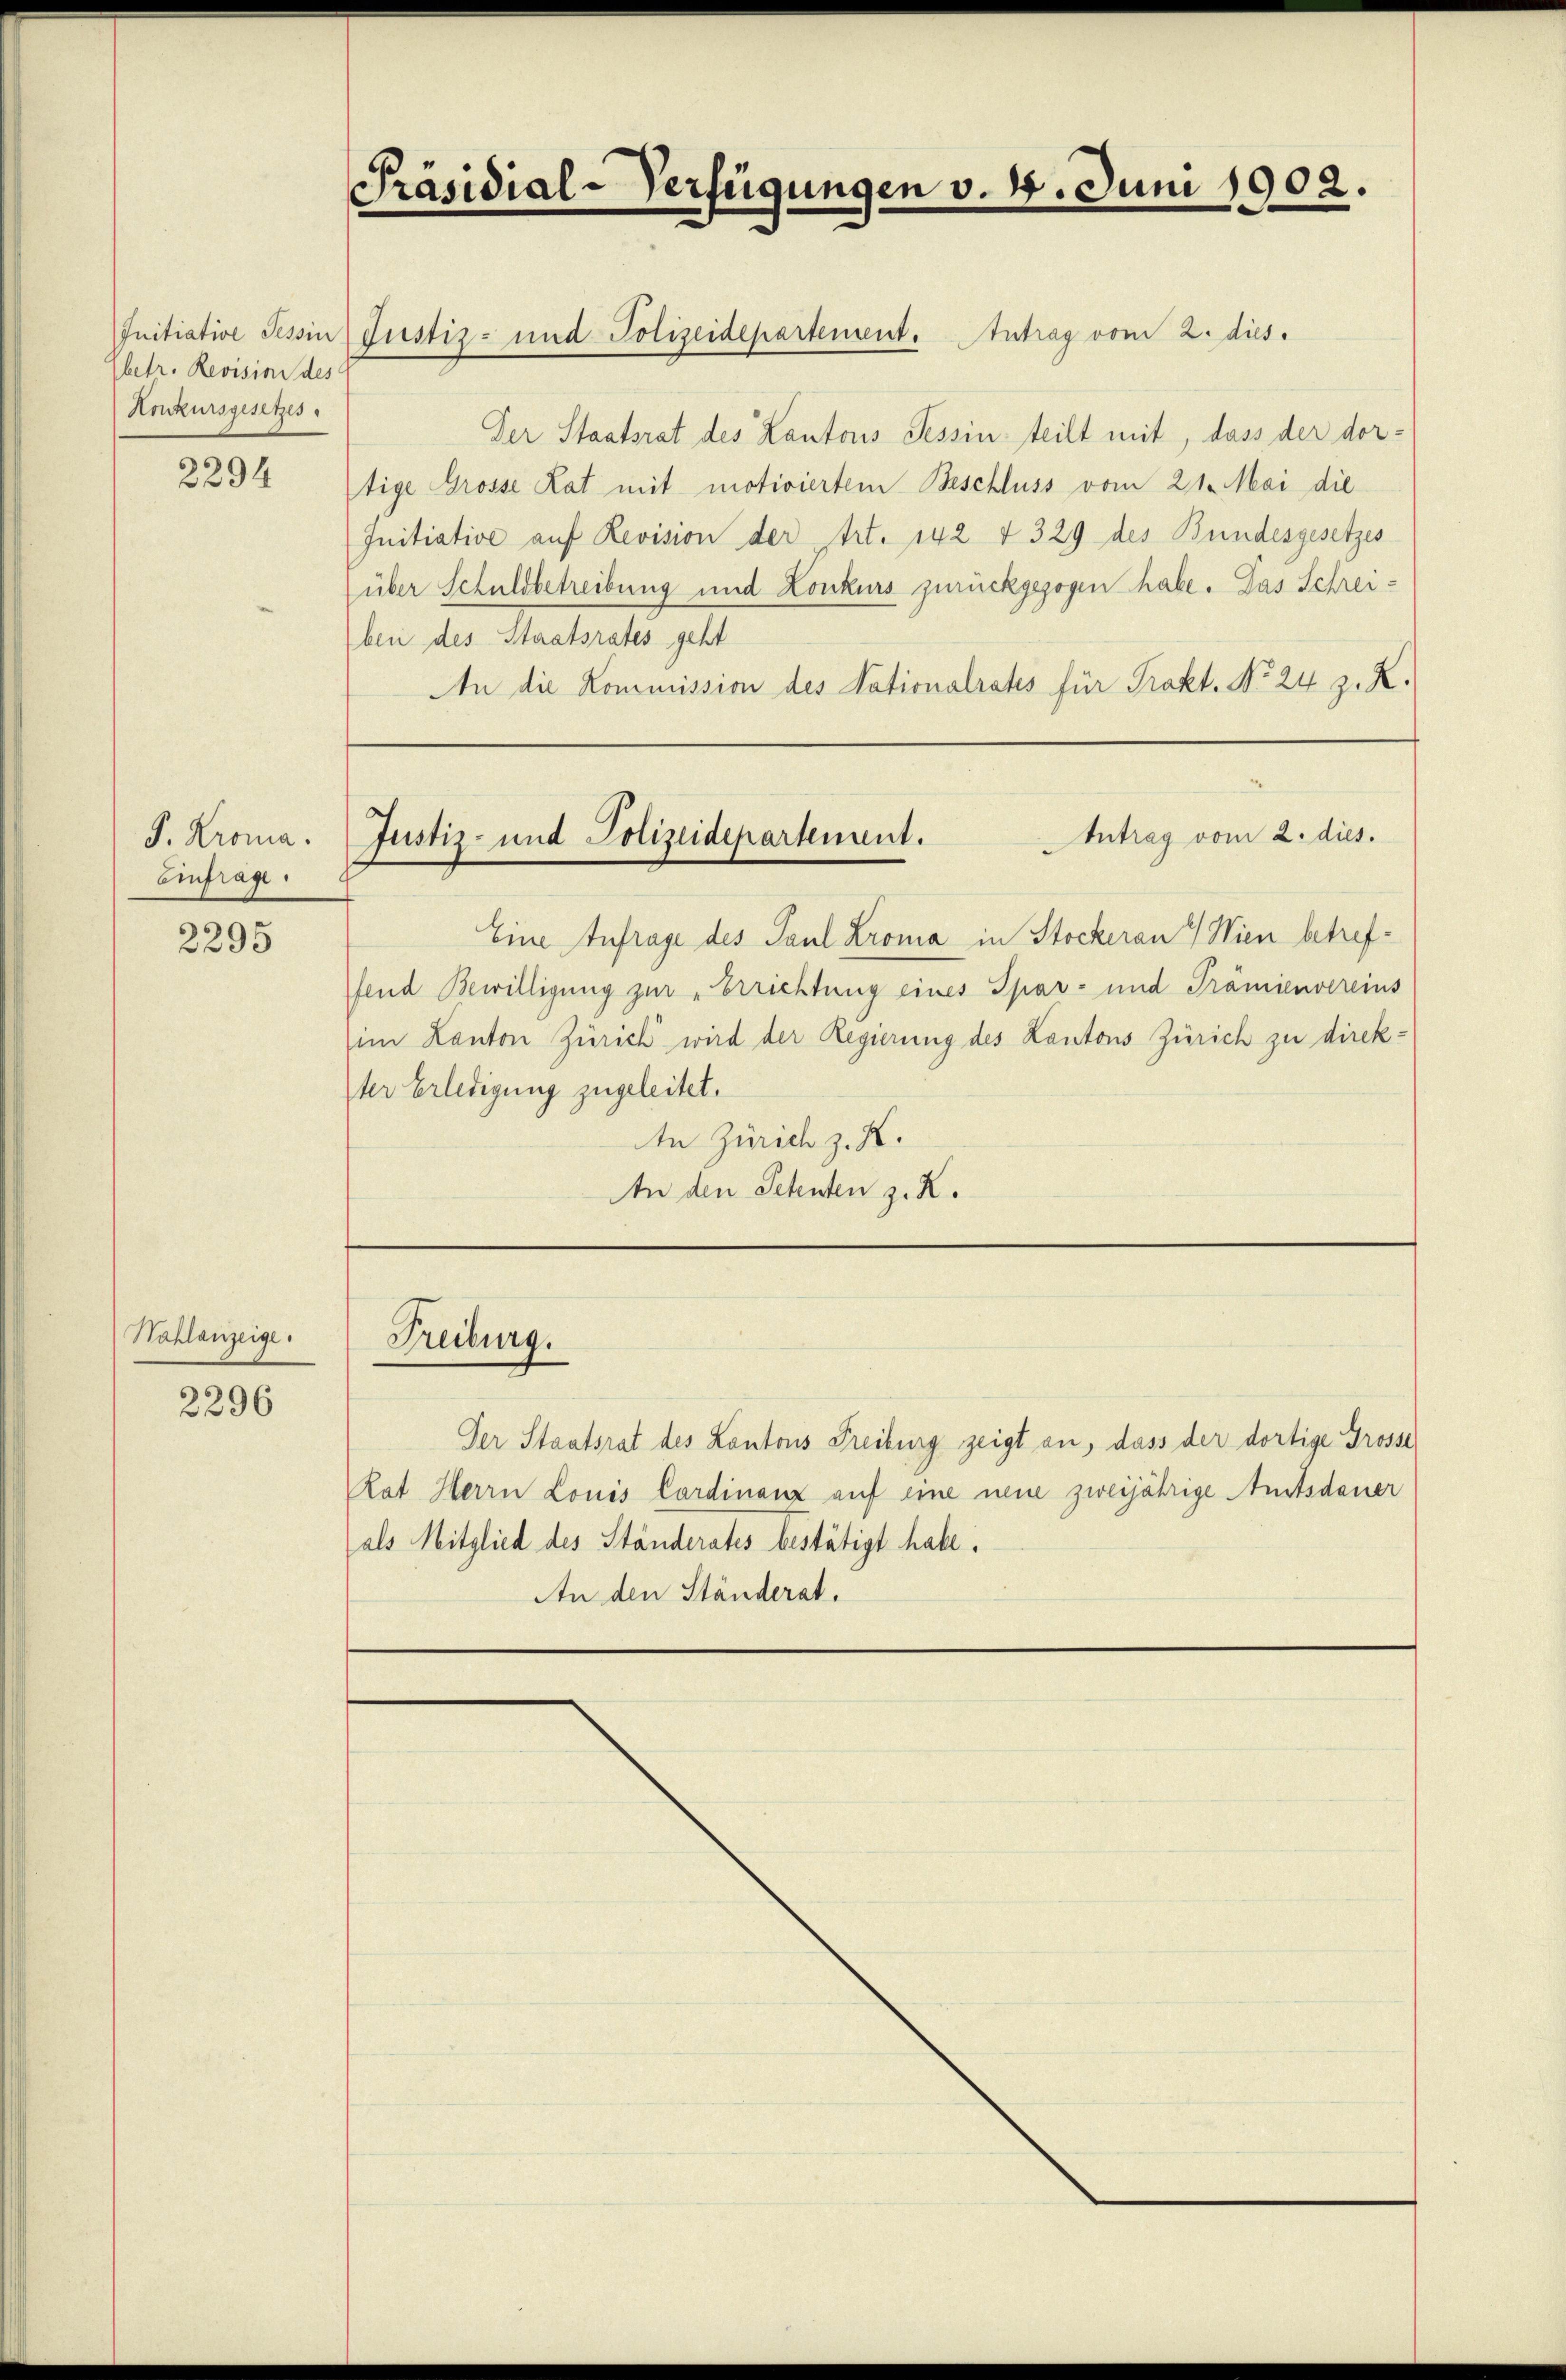
Initiative Tessin
(betr. Revision des
Konkursgesetzes

2294

J. Krona.
Einfrage.

2295

Hahlanzeige.

2296

Präsidial-Verfügungen v. 4. Juni 1902.

Justiz- und Polizeidepartement. Antrag vom 2. dies.
Der Staatsrat des Kantons Tessin teilt mit, dass der dortige Grosse Rat mit motiviertem Beschluss vom 21. Mai die
Initiative auf Revision der Art. 142 f 329 des Bundesgesetzes
über Schuldbetreibung und Konkurs zurückgezogen habe. Das Schreibei des Staatsrates geht
An die Kommission des Nationalrates für Prakt. No 24 z. R.
Antrag vom 2. dies.
Justiz- und Polizeidepartement.
Eine Anfrage des Paul Krona in Stockeran 4) Wien betreffend Bewilligung zur „Errichtung eines Spar- und Prämienvereins
im Kanton Zürich wird der Regierung des Kantons Zürich zu direkter Erledigung zugeleitet.
An Zürich z. K.
An den Petenten z. Z.

Freiburg.

Der Staatsrat des Kantons Freiburg zeigt an, dass der dortige Grosse
Rat Herrn Louis Cardinanz auf eine neue zweijährige Amtsdauer
als Mitglied des Ständerates bestätigt habe.
An den Ständerat.